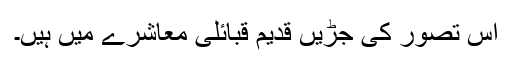
اس تصور کی جڑیں قدیم قبائلی معاشرے میں ہیں۔